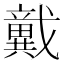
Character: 𢨞